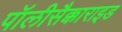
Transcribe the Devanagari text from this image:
पॉलीसैक्काराइड